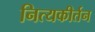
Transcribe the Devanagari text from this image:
नित्यकीर्तन